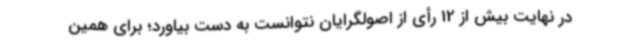
در نهایت بیش از 12 رأی از اصولگرایان نتوانست به دست بیاورد؛ برای همین